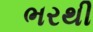
ભરથી